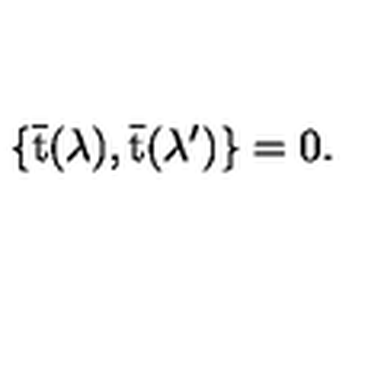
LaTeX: \{ \bar { \mathrm { t } } ( \lambda ) , \bar { \mathrm { t } } ( \lambda ^ { \prime } ) \} = 0 .